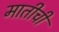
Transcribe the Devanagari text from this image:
मातीचीं